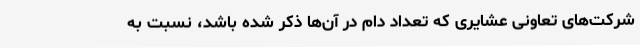
شرکت‌های تعاونی عشایری که تعداد دام در آن‌ها ذکر شده باشد، نسبت به